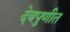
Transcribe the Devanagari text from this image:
देवपुणीत